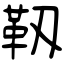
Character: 靱